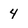
Character: 4